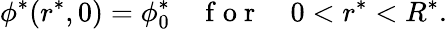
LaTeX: \phi^{*}(r^{*},0)=\phi_{0}^{*}\quad\mathrm{~f~o~r~}\quad 0<r^{*}<R^{*}.